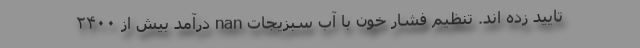
تایید زده اند. تنظیم فشار خون با آب سبزیجات nan درآمد بیش از ۲۴۰۰